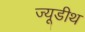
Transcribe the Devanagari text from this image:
ज्यूडीथ